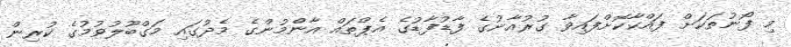
މި ފޯނުތަކަށް ފައްކާކޮށްފައިވާ ގުރުއާނުގެ ފާޑުފާޑުގެ އެޕްތައް އާންމުންގެ މެދުގައި މަގްބޫލުވުމުގެ ކުރިން